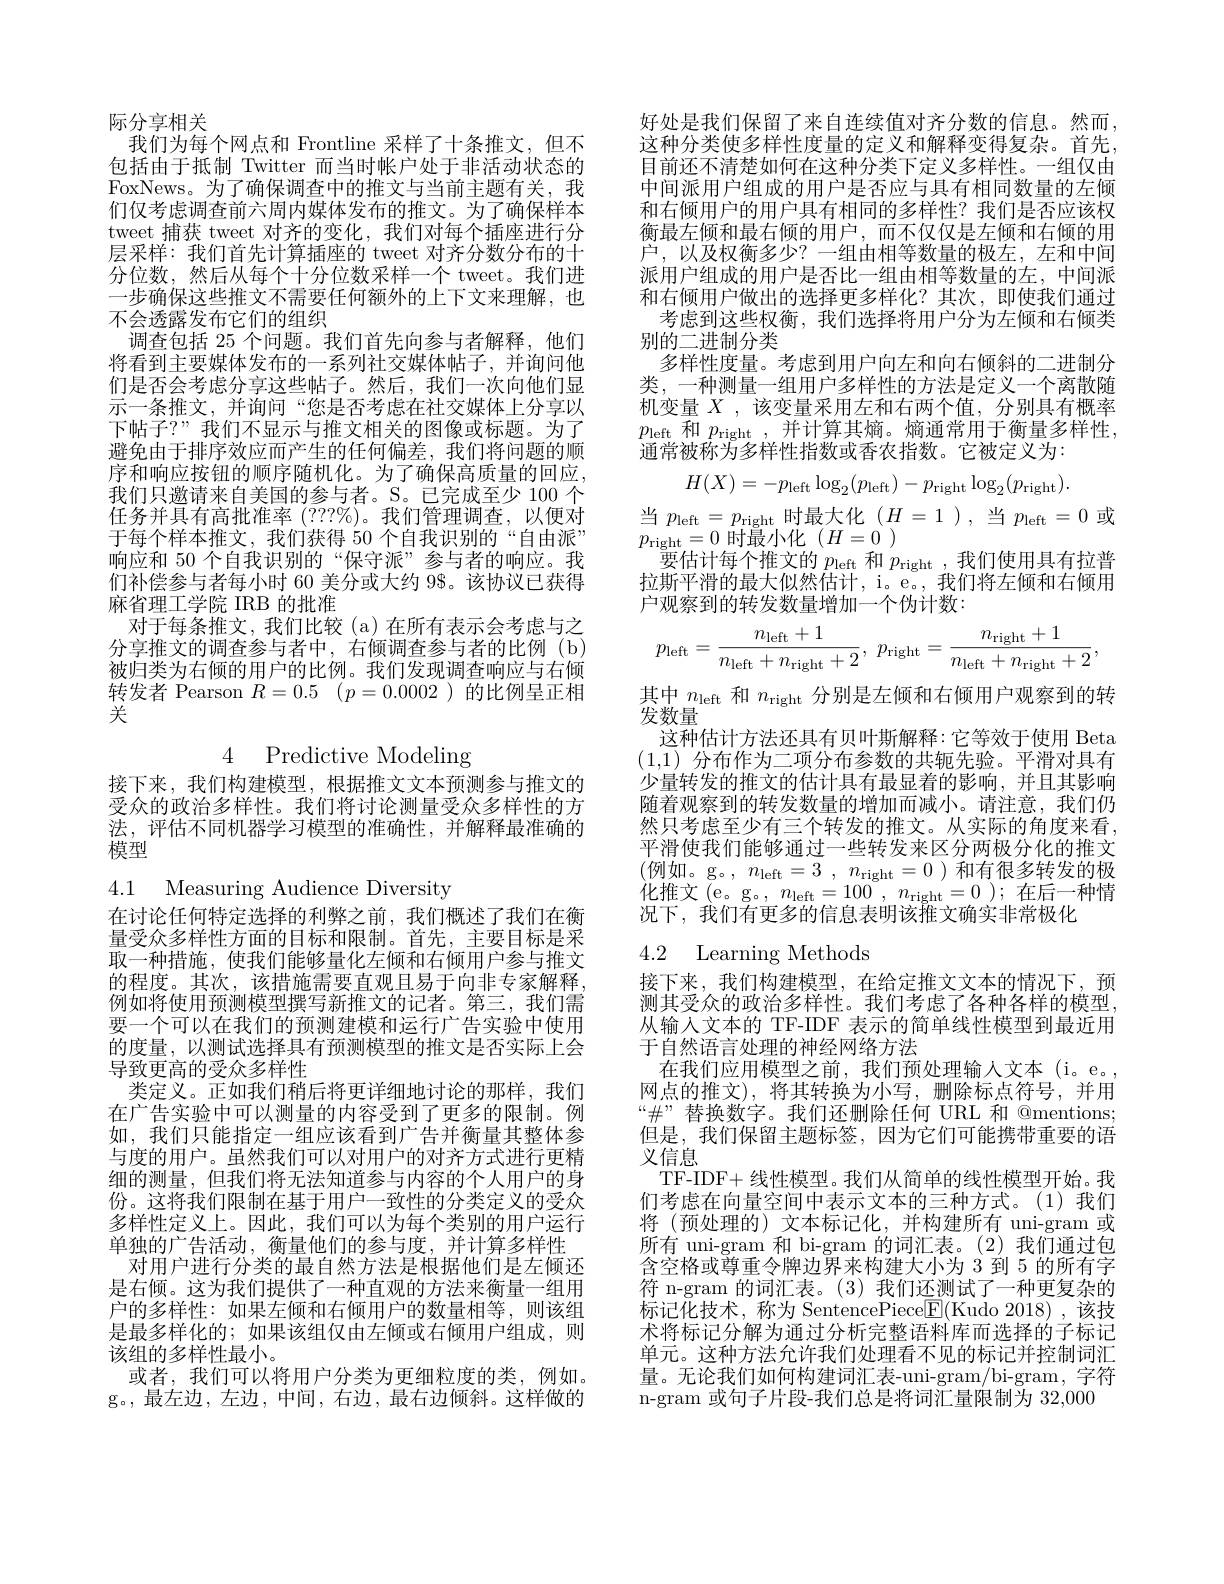
际分享相关
我们为每个网点和 Frontline 采样了十条推文，但不包括由于抵制 Twitter 而当时帐户处于非活动状态的FoxNews。为了确保调查中的推文与当前主题有关，我们仅考虑调查前六周内媒体发布的推文。为了确保样本tweet 捕获 tweet 对齐的变化，我们对每个插座进行分层采样：我们首先计算插座的 tweet 对齐分数分布的十分位数，然后从每个十分位数采样一个 tweet。我们进一步确保这些推文不需要任何额外的上下文来理解，也不会透露发布它们的组织
调查包括 25 个问题。我们首先向参与者解释，他们将看到主要媒体发布的一系列社交媒体帖子，并询问他们是否会考虑分享这些帖子。然后，我们一次向他们显示一条推文，并询问“您是否考虑在社交媒体上分享以下帖子？”我们不显示与推文相关的图像或标题。为了避免由于排序效应而产生的任何偏差，我们将问题的顺序和响应按钮的顺序随机化。为了确保高质量的回应， 我们只邀请来自美国的参与者。S。已完成至少 100 个任务并具有高批准率 (???%)。我们管理调查，以便对于每个样本推文，我们获得 50 个自我识别的“自由派” 响应和 50 个自我识别的“保守派”参与者的响应。我们补偿参与者每小时 60 美分或大约 98。该协议已获得麻省理工学院 IRB 的批准
对于每条推文，我们比较(a)在所有表示会考虑与之分享推文的调查参与者中，右倾调查参与者的比例(b) 被归类为右倾的用户的比例。我们发现调查响应与右倾转发者 Pearson $R= 0. 5$ $( p= 0. 0002$ )的比例呈正相关

4 Predictive Modeling

接下来，我们构建模型，根据推文文本预测参与推文的受众的政治多样性。我们将讨论测量受众多样性的方法，评估不同机器学习模型的准确性，并解释最准确的模型

4.1 Measuring Audience Diversity

在讨论任何特定选择的利弊之前，我们概述了我们在衡量受众多样性方面的目标和限制。首先，主要目标是采取一种措施，使我们能够量化左倾和右倾用户参与推文的程度。其次，该措施需要直观且易于向非专家解释， 例如将使用预测模型撰写新推文的记者。第三，我们需要一个可以在我们的预测建模和运行广告实验中使用的度量，以测试选择具有预测模型的推文是否实际上会导致更高的受众多样性
类定义。正如我们稍后将更详细地讨论的那样，我们在广告实验中可以测量的内容受到了更多的限制。例如，我们只能指定一组应该看到广告并衡量其整体参与度的用户。虽然我们可以对用户的对齐方式进行更精细的测量，但我们将无法知道参与内容的个人用户的身份。这将我们限制在基于用户一致性的分类定义的受众多样性定义上。因此，我们可以为每个类别的用户运行单独的广告活动，衡量他们的参与度，并计算多样性
对用户进行分类的最自然方法是根据他们是左倾还是右倾。这为我们提供了一种直观的方法来衡量一组用户的多样性：如果左倾和右倾用户的数量相等，则该组是最多样化的；如果该组仅由左倾或右倾用户组成，则该组的多样性最小。
或者，我们可以将用户分类为更细粒度的类，例如。g。,最左边，左边，中间，右边，最右边倾斜。这样做的

好处是我们保留了来自连续值对齐分数的信息。然而这种分类使多样性度量的定义和解释变得复杂。首先目前还不清楚如何在这种分类下定义多样性。一组仅由中间派用户组成的用户是否应与具有相同数量的左倾和右倾用户的用户具有相同的多样性？我们是否应该权衡最左倾和最右倾的用户，而不仅仅是左倾和右倾的用户，以及权衡多少？一组由相等数量的极左，左和中间派用户组成的用户是否比一组由相等数量的左，中间派和右倾用户做出的选择更多样化？其次，即使我们通过
考虑到这些权衡，我们选择将用户分为左倾和右倾类
别的二进制分类
多样性度量。考虑到用户向左和向右倾斜的二进制分类，一种测量一组用户多样性的方法是定义一个离散随机变量$X$ ,该变量采用左和右两个值，分别具有概率$p_{\mathrm{left}}$和$p_\mathrm{right}$,并计算其熵。熵通常用于衡量多样性， 通常被称为多样性指数或香农指数。它被定义为：
$$H(X)=-p_\text{left}\log_2(p_\text{left})-p_\text{right}\log_2(p_\text{right}).$$
当$p_\mathrm{left}=p_\mathrm{right}$时最大化$(H=1)$,当$p_\mathrm{left}=0$或
$\overline{p_{\mathrm{right}}}=0$时最小化$(H=0)$
要估计每个推文的$p_\mathrm{left}$和$p_\mathrm{right}$,我们使用具有拉普拉斯平滑的最大似然估计，i。e。,我们将左倾和右倾用户观察到的转发数量增加一个伪计数：
$$p_{\mathrm{left}}=\frac{n_{\mathrm{left}}+1}{n_{\mathrm{left}}+n_{\mathrm{right}}+2},\:p_{\mathrm{right}}=\frac{n_{\mathrm{right}}+1}{n_{\mathrm{left}}+n_{\mathrm{right}}+2},$$
其中$n_\mathrm{left}$和$n_\mathrm{right}$分别是左倾和右倾用户观察到的转
发数量
这种估计方法还具有贝叶斯解释：它等效于使用 Beta (1,1)分布作为二项分布参数的共轭先验。平滑对具有少量转发的推文的估计具有最显着的影响，并且其影响随着观察到的转发数量的增加而减小。请注意，我们仍然只考虑至少有三个转发的推文。从实际的角度来看， 平滑使我们能够通过一些转发来区分两极分化的推文(例如。g。$,n_\mathrm{left}=3,n_\mathrm{right}=0)$和有很多转发的极化推文(e。g。$,n_\mathrm{left}=100,n_\mathrm{right}=0);$在后一种情况下，我们有更多的信息表明该推文确实非常极化

## 4.2 Learning Methods

接下来，我们构建模型，在给定推文文本的情况下，预测其受众的政治多样性。我们考虑了各种各样的模型， 从输入文本的 TF-IDF 表示的简单线性模型到最近用于自然语言处理的神经网络方法
在我们应用模型之前，我们预处理输人文本(i。e。网点的推文),将其转换为小写，删除标点符号，并用“$\#”$替换数字。我们还删除任何 URL 和 @mentions; 但是，我们保留主题标签，因为它们可能携带重要的语义信息
TF-IDF+ 线性模型。我们从简单的线性模型开始。我们考虑在向量空间中表示文本的三种方式。(1)我们将 (预处理的) 文本标记化，并构建所有 uni-gram 或所有 uni-gram 和 bi-gram 的词汇表。(2)我们通过包含空格或尊重令牌边界来构建大小为 3 到 5 的所有字符 n-gram 的词汇表。(3)我们还测试了一种更复杂的标记化技术，称为 SentencePiece$\boxed{\mathrm{F}}($Kudo 2018),该技术将标记分解为通过分析完整语料库而选择的子标记单元。这种方法允许我们处理看不见的标记并控制词汇量。无论我们如何构建词汇表-uni-gram/bi-gram,字符n-gram 或句子片段-我们总是将词汇量限制为 32,000